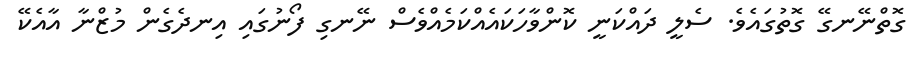
ގޮތްނޭނގޭ ގޮތުގައެވެ. ސެލީ ދައްކަނީ ކޮންވާހަކައެއްކަމެއްވެސް ނޭނގި ފޯނުގައި އިނދެގެން މުޒްނާ އާއެކޭ